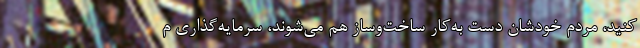
کنید، مردم خودشان دست به‌کار ساخت‌وساز هم می‌شوند، سرمایه‌گذاری م